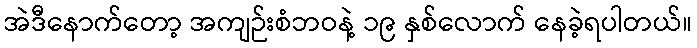
အဲဒီနောက်တော့ အကျဉ်းစံဘဝနဲ့ ၁၉ နှစ်လောက် နေခဲ့ရပါတယ်။